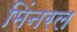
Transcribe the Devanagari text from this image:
मिंनरल